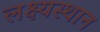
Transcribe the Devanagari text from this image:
लक्ष्यस्थान